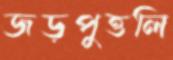
জড়পুত্তলি